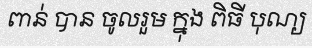
ពាន់ បាន ចូលរួម ក្នុង ពិធី បុណ្យ